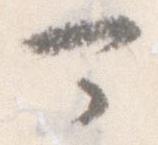
可